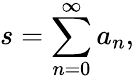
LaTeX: s=\sum_{n=0}^{\infty}a_{n},